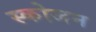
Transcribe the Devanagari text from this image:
स्कोजन